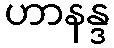
ဟာနန္ဒ